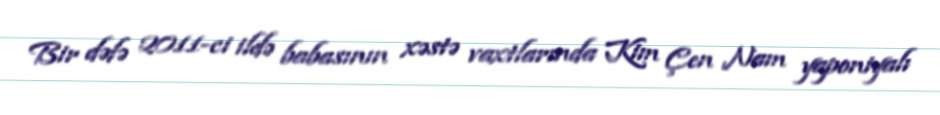
Bir dəfə 2011-ci ildə babasının xəstə vaxtlarında Kim Çen Nam yaponiyalı